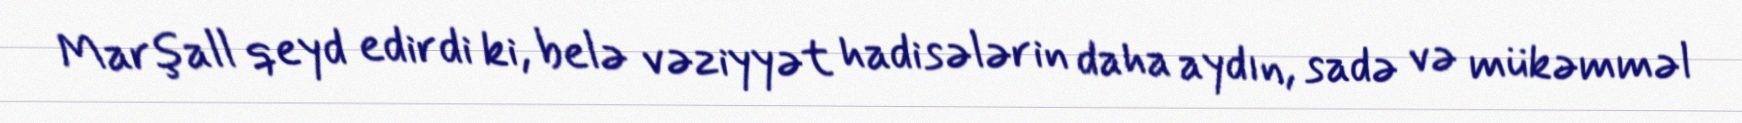
Marşall qeyd edirdi ki, belə vəziyyət hadisələrin daha aydın, sadə və mükəmməl